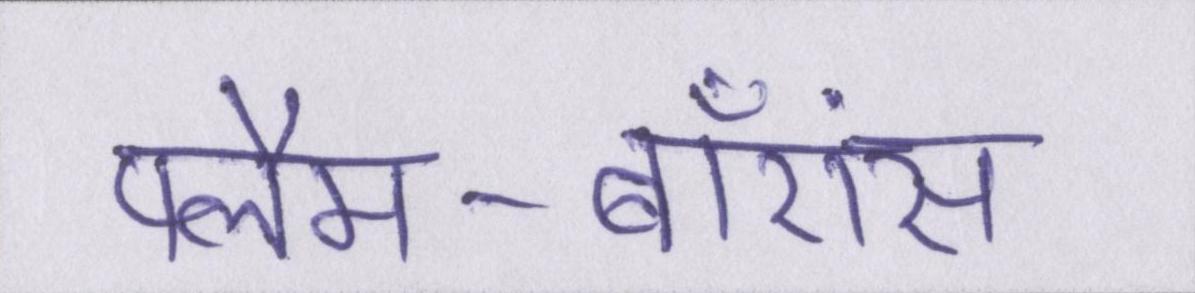
फ्लैम-बॉएंस